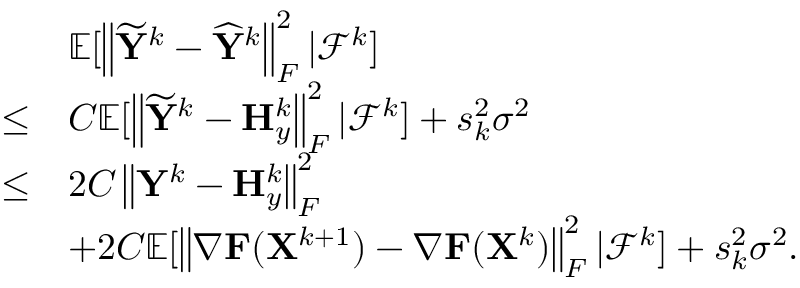
\begin{array} { r l } & { { \mathbb { E } } [ \left\| \widetilde { { \mathbf { Y } } } ^ { k } - \widehat { { \mathbf { Y } } } ^ { k } \right\| _ { F } ^ { 2 } \vert { \mathcal { F } } ^ { k } ] } \\ { \leq } & { C { \mathbb { E } } [ \left\| \widetilde { { \mathbf { Y } } } ^ { k } - { \mathbf { H } } _ { y } ^ { k } \right\| _ { F } ^ { 2 } \vert { \mathcal { F } } ^ { k } ] + s _ { k } ^ { 2 } \sigma ^ { 2 } } \\ { \leq } & { 2 C \left\| { \mathbf { Y } } ^ { k } - { \mathbf { H } } _ { y } ^ { k } \right\| _ { F } ^ { 2 } } \\ & { + 2 C { \mathbb { E } } [ \left\| \nabla { \mathbf { F } } ( { \mathbf { X } } ^ { k + 1 } ) - \nabla { \mathbf { F } } ( { \mathbf { X } } ^ { k } ) \right\| _ { F } ^ { 2 } \vert { \mathcal { F } } ^ { k } ] + s _ { k } ^ { 2 } \sigma ^ { 2 } . } \end{array}